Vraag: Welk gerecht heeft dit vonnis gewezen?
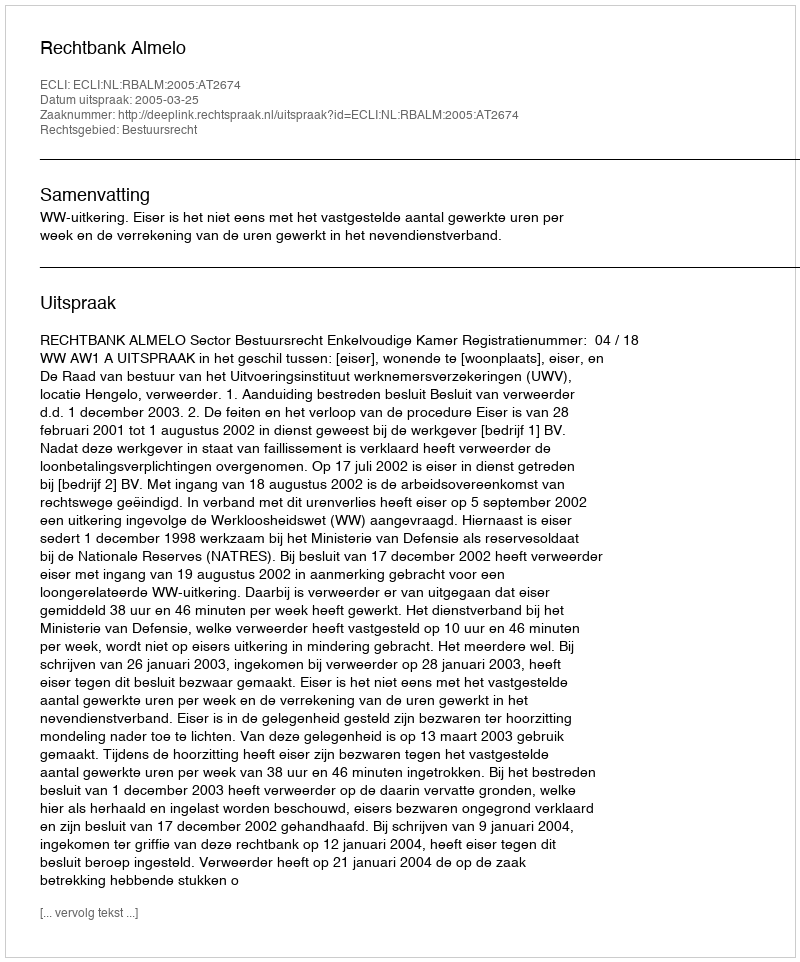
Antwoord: Rechtbank Almelo